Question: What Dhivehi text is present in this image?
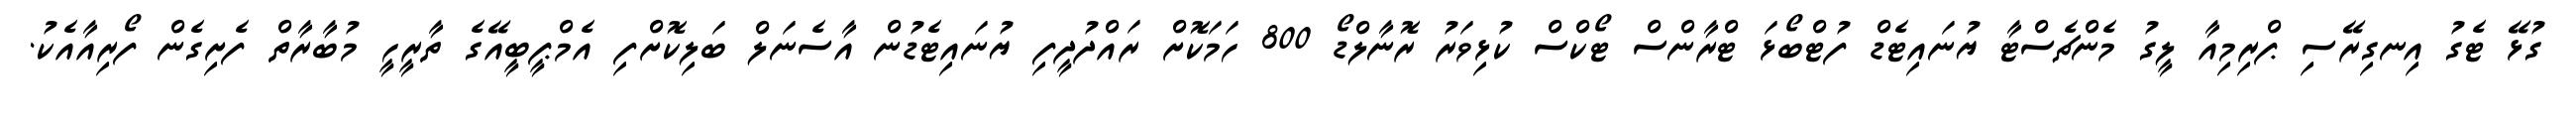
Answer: ގުޅޭ ޓެގު އިނގިރޭސި ޕްރިމިއާ ލީގު މެންޗެސްޓާ ޔުނައިޓެޑް ފުޓްބޯޅަ ޓްރާންސް ޓޯކްސް ކުޅިވަރު ރޮނާލްޑޯ 800 ހަމަކޮށް ރައްދުދީފި ޔުނައިޓެޑުން އާސެނަލް ބަލިކޮށްފި އެމްޕީބީއޭގެ ތާރީހީ މުބާރާތް ފެށިގެން ފޯރިއާއެކު.